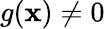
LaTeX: g(\mathbf{x})\neq0